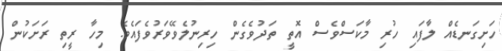
ހަށިގަނޑެއް ލާފައި ހުރި މާކަސްވެސް އޮތީ ތަދުވެގެން ހިރިނުލެވޭވަރުވެފައެވެ. މިހާ ރީތި ރަށަކުން